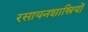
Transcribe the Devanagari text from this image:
रसायनशास्रियों